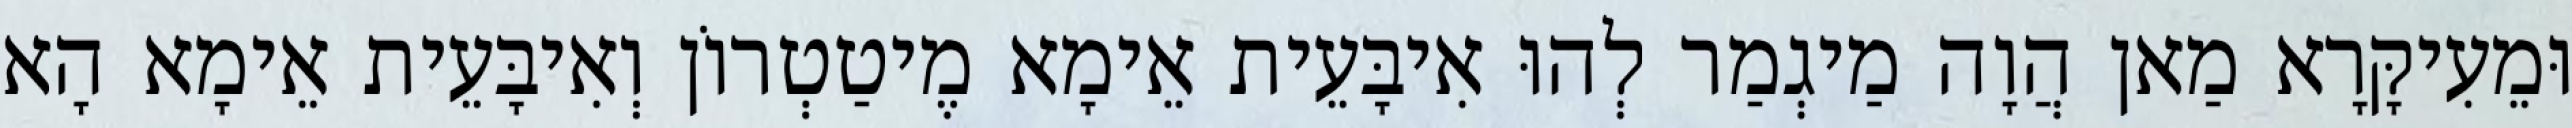
וּמֵעִיקָּרָא מַאן הֲוָה מַיגְמַר לְהוּ אִיבָּעֵית אֵימָא מֶיטַטְרוֹן וְאִיבָּעֵית אֵימָא הָא